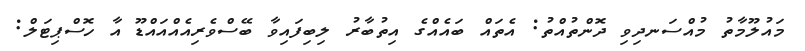
މައުލޫމާތު މުއްސަނދިވި ދޮންތުއްތު: އެތައް ބައެއްގެ އިތުބާރު ލިބިފައިވާ ބޭސްވެރިއެއްއައްޑޫ އާ ހޮސްޕިޓަލް: